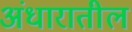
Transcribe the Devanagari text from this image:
अंधारातील